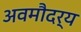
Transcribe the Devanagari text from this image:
अवमौदर्य